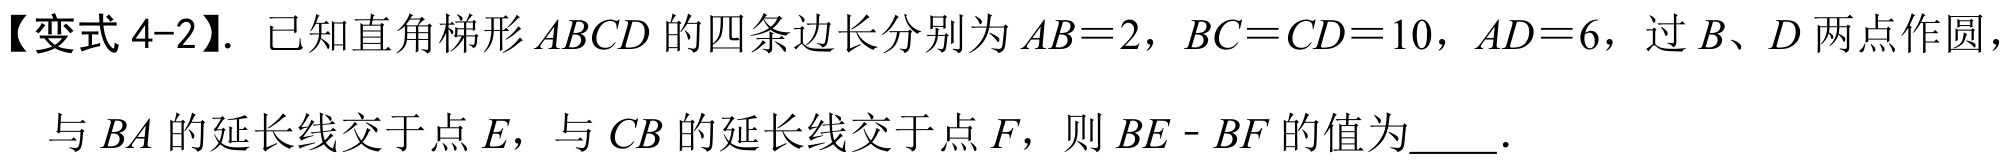
【变式 4-2】. 已知直角梯形\(ABCD\)的四条边长分别为\(AB = 2\)，\(BC = CD = 10\)，\(AD = 6\)，过\(B\)、\(D\)两点作圆，
与\(BA\)的延长线交于点\(E\)，与\(CB\)的延长线交于点\(F\)，则\(BE - BF\)的值为  ．